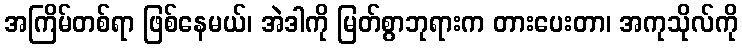
အကြိမ်တစ်ရာ ဖြစ်နေမယ်၊ အဲဒါကို မြတ်စွာဘုရားက တားပေးတာ၊ အကုသိုလ်ကို